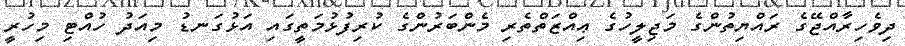
ދިވެހިރާއްޖޭގެ ރައްޔިތުންގެ މަޖިލީހުގެ ޢިއްޒަތްތެރި މެންބަރުންގެ ކުރިފުޅުމަތީގައި އަޅުގަނޑު މިއަދު ހުއްޓި މިހުރީ